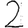
Digit: 2